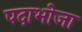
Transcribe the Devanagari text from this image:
पदाभोजा